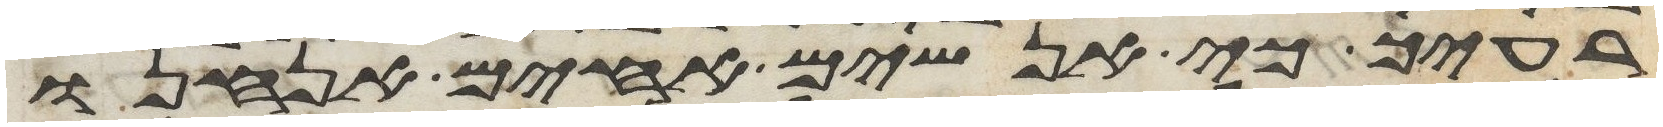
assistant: רעיך כי אנשים אחים אנחנו